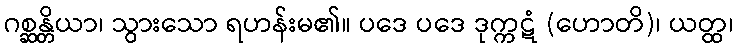
ဂစ္ဆန္တိယာ၊ သွားသော ရဟန်းမ၏။ ပဒေ ပဒေ ဒုက္ကဋံ (ဟောတိ)၊ ယတ္ထ၊